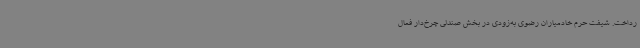
رداخت. شیفت حرم خادمیاران رضوی به‌زودی در بخش صندلی چرخ‌دار فعال